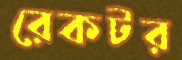
রেকটর